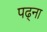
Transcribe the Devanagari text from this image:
पढ्ना